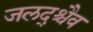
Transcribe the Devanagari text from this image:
जलद्श्चैव